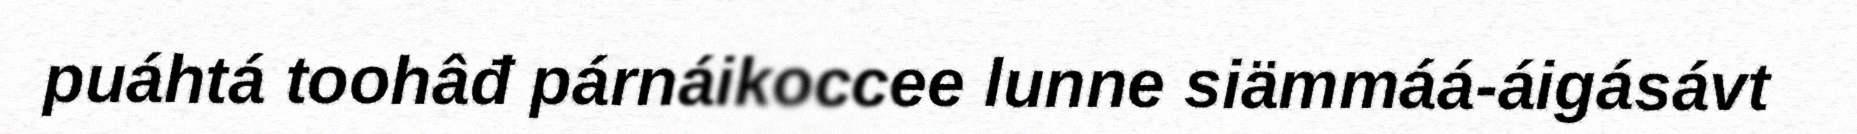
puáhtá toohâđ párnáikoccee lunne siämmáá-áigásávt